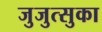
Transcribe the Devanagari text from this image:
जुजुत्सुका